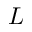
L